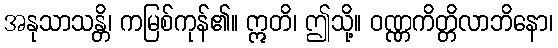
အနုသာသန္တိ၊ ကမြစ်ကုန်၏။ ဣတိ၊ ဤသို့။ ဝဏ္ဏကိတ္တိလာဘိနော၊